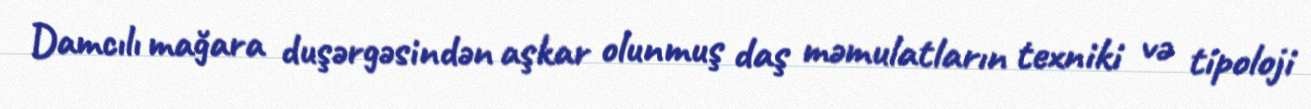
Damcılı mağara duşərgəsindən aşkar olunmuş daş məmulatların texniki və tipoloji